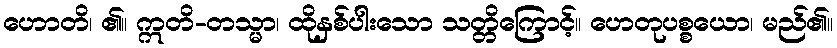
ဟောတိ၊ ၏။ ဣတိ-တသ္မာ၊ ထိုနှစ်ပါးသော သတ္တိကြောင့်။ ဟေတုပစ္စယော၊ မည်၏။